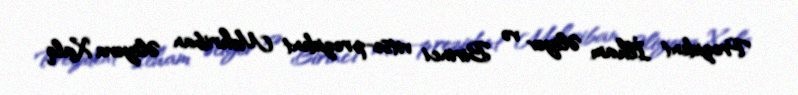
Prezident İlham Əliyev və Birinci vitse-prezident Mehriban Əliyeva Xalq